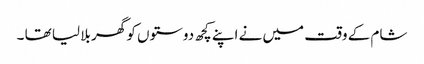
شام کے وقت میں نے اپنے کچھ دوستوں کو گھر بلا لیا تھا ۔